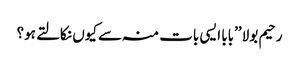
رحیم بولا ’’بابا ایسی بات منہ سے کیوں نکالتے ہو؟